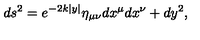
d s ^ { 2 } = e ^ { - 2 k | y | } \eta _ { \mu \nu } d x ^ { \mu } d x ^ { \nu } + d y ^ { 2 } ,